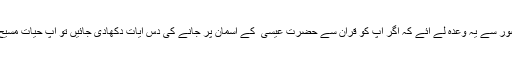
وہ اپنی سادگی میں حضور ؑسے یہ وعدہ لے آئے کہ اگر آپؑ کو قرآن سے حضرت عیسیٰ ؑ کے آسمان پر جانے کی دس آیات دکھادی جائیں تو آپؑ حیات مسیح کے قائل ہوجائیں گے۔